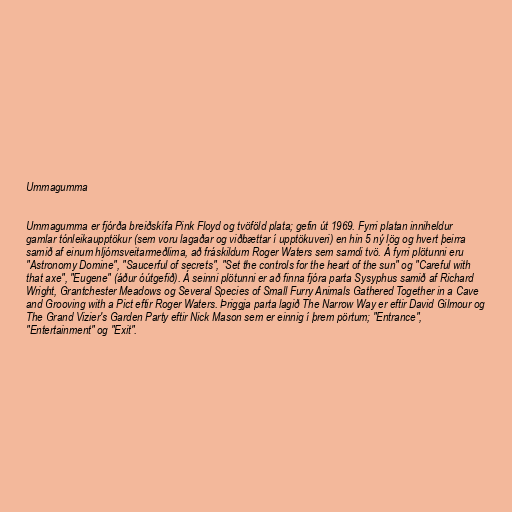
Ummagumma

Ummagumma er fjórða breiðskífa Pink Floyd og tvöföld plata; gefin út 1969. Fyrri platan inniheldur
gamlar tónleikaupptökur (sem voru lagaðar og viðbættar í upptökuveri) en hin 5 ný lög og hvert þeirra
samið af einum hljómsveitarmeðlima, að fráskildum Roger Waters sem samdi tvö. Á fyrri plötunni eru
"Astronomy Domine", "Saucerful of secrets", "Set the controls for the heart of the sun" og "Careful with
that axe", "Eugene" (áður óútgefið). Á seinni plötunni er að finna fjóra parta Sysyphus samið af Richard
Wright, Grantchester Meadows og Several Species of Small Furry Animals Gathered Together in a Cave
and Grooving with a Pict eftir Roger Waters. Þriggja parta lagið The Narrow Way er eftir David Gilmour og
The Grand Vizier's Garden Party eftir Nick Mason sem er einnig í þrem pörtum; "Entrance",
"Entertainment" og "Exit".